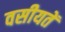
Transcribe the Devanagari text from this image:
वसीयतें